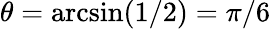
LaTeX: \theta=\arcsin(1/2)=\pi/6